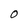
Character: O